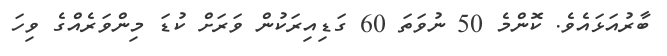
ބާރުއަޅައެވެ. ކޮންމެ 50 ނުވަތަ 60 ގަޑިއިރަކުން ވަރަށް ކުޑަ މިންވަރެއްގެ ވިހަ